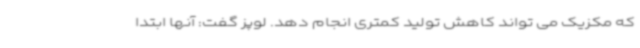
که مکزیک می تواند کاهش تولید کمتری انجام دهد. لوپز گفت: آنها ابتدا